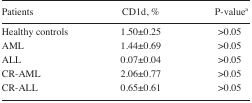
| Patients | CD1d, % | P-valuea |
 | --- | --- | --- |
 | Healthy controls | 1.50±0.25 | >0.05 |
 | AML | 1.44±0.69 | >0.05 |
 | ALL | 0.07±0.04 | >0.05 |
 | CR-AML | 2.06±0.77 | >0.05 |
 | CR-ALL | 0.65±0.61 | >0.05 |